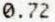
0.72